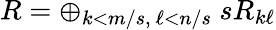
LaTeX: R=\oplus_{k<m/s,\ \ell<n/s}\ sR_{k\ell}